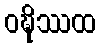
ဝဍ္ဎိဿထ